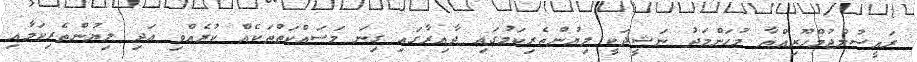
ރައީސުލްޖުމްހޫރިއްޔާ މުޙަންމަދު ނަޝީދަކީ ލިޔުންތެރިކަމުގައި ދާއިރާގައި ގިނަ މަސައްކަތްތަކެއް ކުރެއްވި އަދި ލިޔުންތެރިކަމާއި